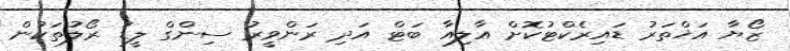
ޒޯޔާ އަޚްތަރު ޑައިރެކްޓުކޮށް އާލިއާ ބަޓް އަދި ރަންވީރު ސިންގް ލީޑު ރޯލުތަކުން